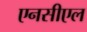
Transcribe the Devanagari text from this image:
एनसीएल